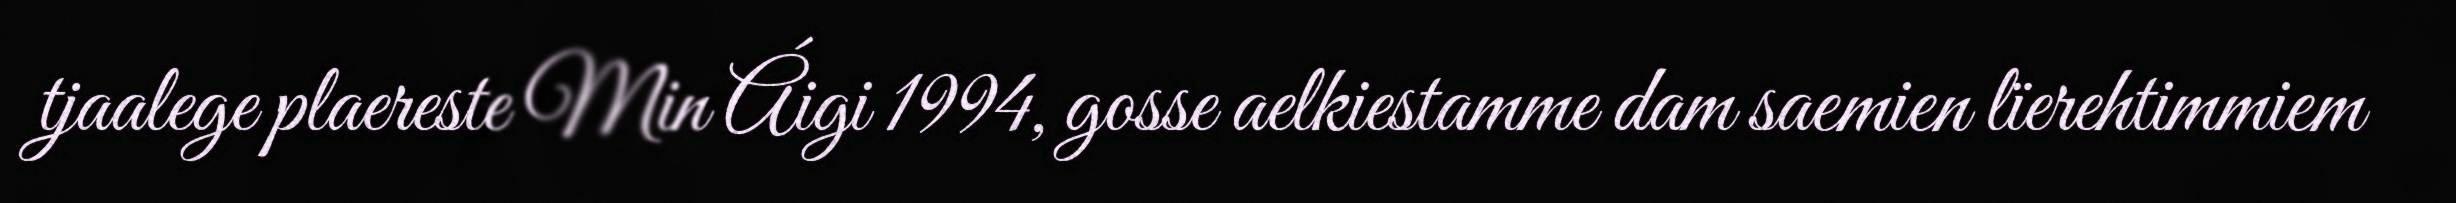
tjaalege plaereste Min Áigi 1994, gosse aelkiestamme dam saemien lïerehtimmiem